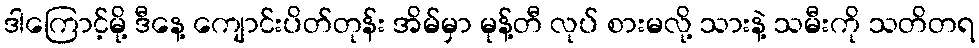
ဒါကြောင့်မို့ ဒီနေ့ ကျောင်းပိတ်တုန်း အိမ်မှာ မုန့်တီ လုပ် စားမလို့ သားနဲ့ သမီးကို သတိတရ